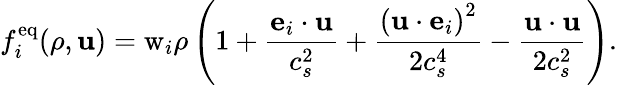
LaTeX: f_{i}^{\mathrm{eq}}(\rho,\mathbf{u})=\mathrm{w}_{i}\rho\left(1+\frac{\mathbf{e}_{i}\cdot\mathbf{u}}{c_{s}^{2}}+\frac{\left(\mathbf{u}\cdot\mathbf{e}_{i}\right)^{2}}{2c_{s}^{4}}-\frac{\mathbf{u}\cdot\mathbf{u}}{2c_{s}^{2}}\right).